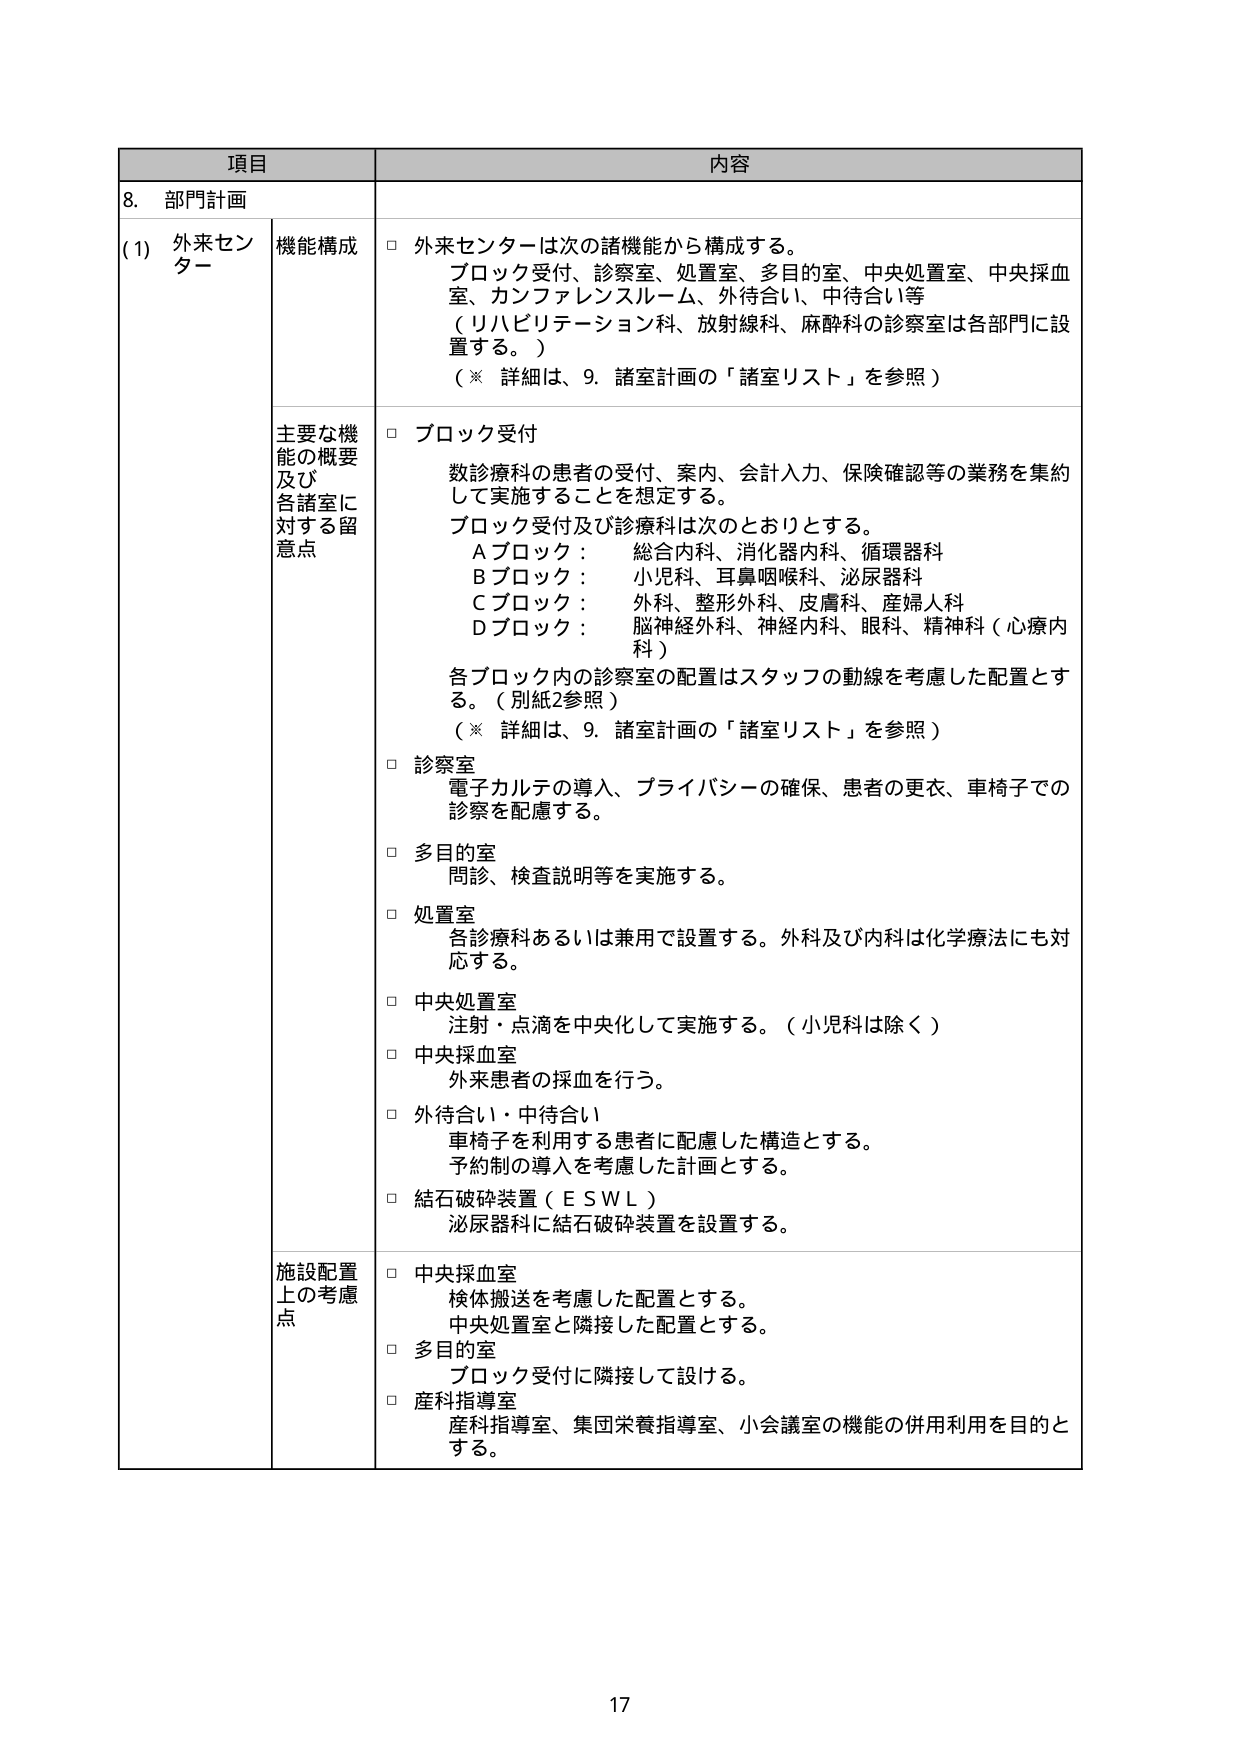
項目 内容
8. 部門計画
(1) 外来センター 機能構成 □ 外来センターは次の諸機能から構成する。
ブロック受付、診察室、処置室、多目的室、中央処置室、中央採血
室、カンファレンスルーム、外待合い、中待合い等
（リハビリテーション科、放射線科、麻酔科の診察室は各部門に設
置する。）
（※ 詳細は、9. 諸室計画の「諸室リスト」を参照）
主要な機 □ ブロック受付
能の概要 数診療科の患者の受付、案内、会計入力、保険確認等の業務を集約
及び して実施することを想定する。
各諸室に ブロック受付及び診療科は次のとおりとする。
対する留 Aブロック： 総合内科、消化器内科、循環器科
意点 Bブロック： 小児科、耳鼻咽喉科、泌尿器科
Cブロック： 外科、整形外科、皮膚科、産婦人科
Dブロック： 脳神経外科、神経内科、眼科、精神科（心療内
科）
各ブロック内の診察室の配置はスタッフの動線を考慮した配置とす
る。（別紙2参照）
（※ 詳細は、9. 諸室計画の「諸室リスト」を参照）
□ 診察室
電子カルテの導入、プライバシーの確保、患者の更衣、車椅子での
診察を配慮する。
□ 多目的室
問診、検査説明等を実施する。
□ 処置室
各診療科あるいは兼用で設置する。外科及び内科は化学療法にも対
応する。
□ 中央処置室
注射・点滴を中央化して実施する。（小児科は除く）
□ 中央採血室
外来患者の採血を行う。
□ 外待合い・中待合い
車椅子を利用する患者に配慮した構造とする。
予約制の導入を考慮した計画とする。
□ 結石破砕装置（ＥＳＷＬ）
泌尿器科に結石破砕装置を設置する。
施設配置 □ 中央採血室
上の考慮 検体搬送を考慮した配置とする。
点 中央処置室と隣接した配置とする。
□ 多目的室
ブロック受付に隣接して設ける。
□ 産科指導室
産科指導室、集団栄養指導室、小会議室の機能の併用利用を目的と
する。
17